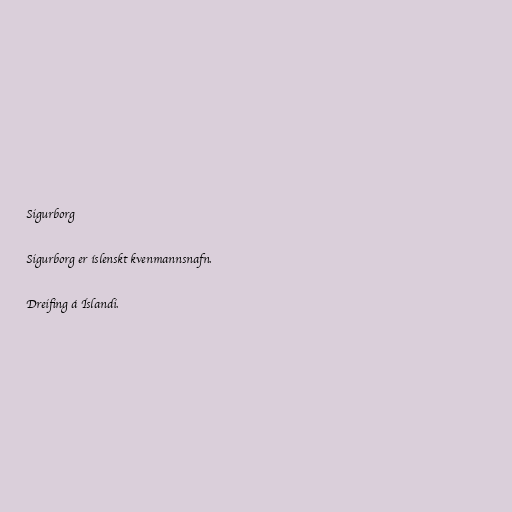
Sigurborg

Sigurborg er íslenskt kvenmannsnafn.

Dreifing á Íslandi.